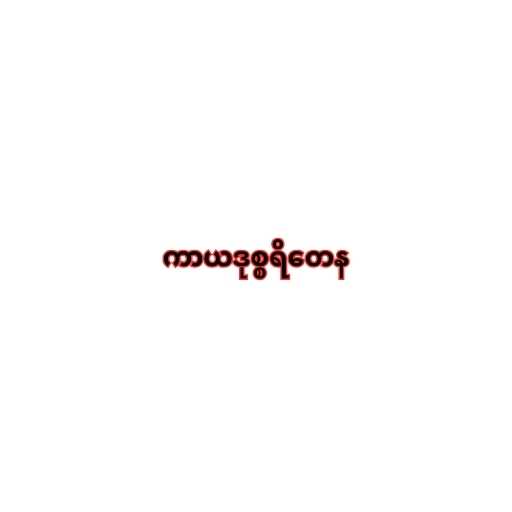
ကာယဒုစ္စရိတေန